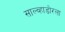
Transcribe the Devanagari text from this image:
साल्व्हाडोरला